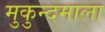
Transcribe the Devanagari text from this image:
मुकुन्दमाला